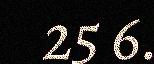
25 6.